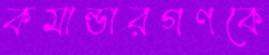
কমান্ডারগণকে